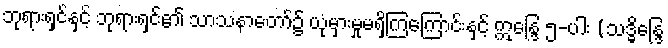
ဘုရားရှင်နှင့် ဘုရားရှင်၏ သာသနာတော်၌ ယုံမှားမှုမရှိကြကြောင်းနှင့် ဣန္ဒြေ ၅-ပါး (သဒ္ဓိန္ဒြေ